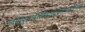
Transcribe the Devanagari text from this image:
नतस्यपुनरावृत्तिर्ब्रह्मलोकात्सनातनात्